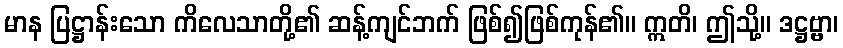
မာန ပြဋ္ဌာန်းသော ကိလေသာတို့၏ ဆန့်ကျင်ဘက် ဖြစ်၍ဖြစ်ကုန်၏။ ဣတိ၊ ဤသို့။ ဒဋ္ဌဗ္ဗာ၊